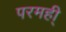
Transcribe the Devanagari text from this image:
परमही्